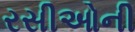
રસીઓની